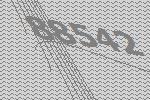
88542